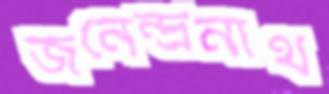
জনেন্দ্রনাথ